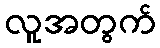
လူအတွက်